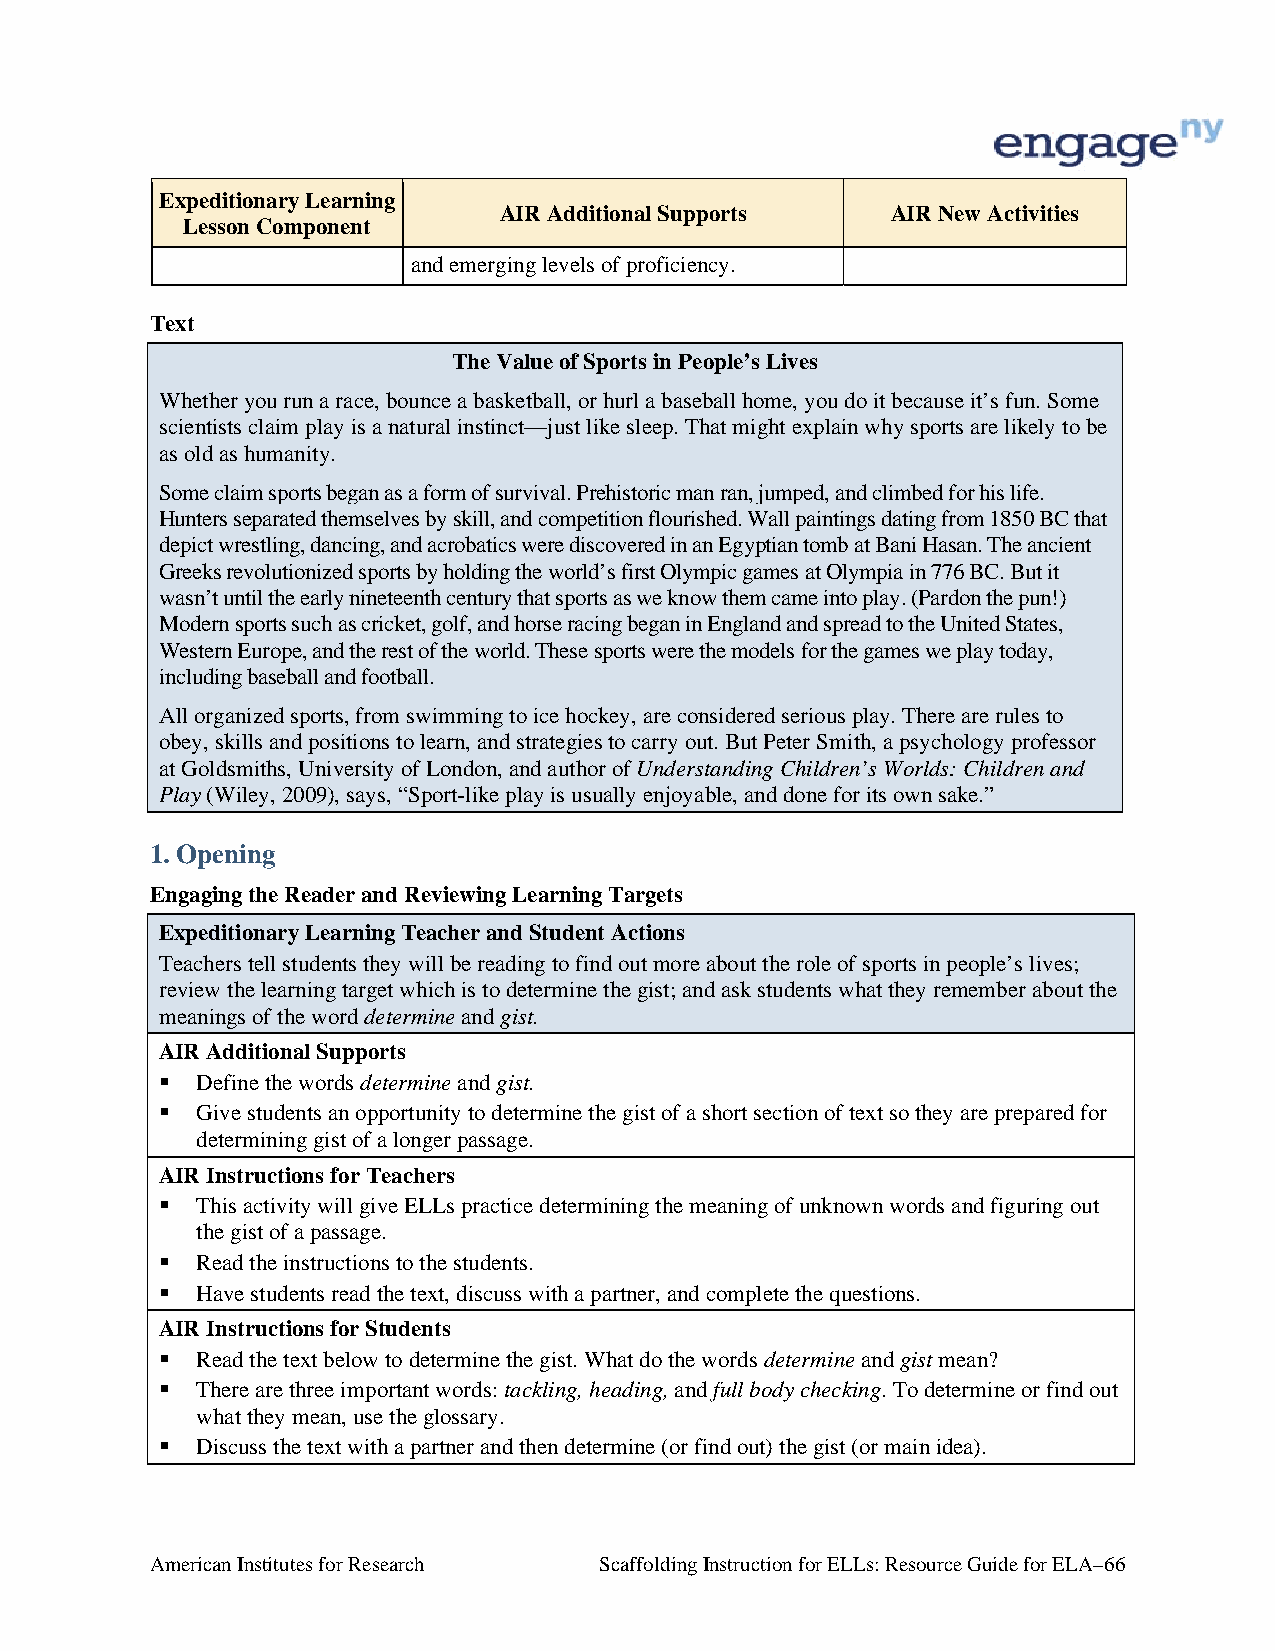
Expeditionary Learning
 AIR Additional Supports   AIR New Activities
 Lesson Component
 and emerging levels of proficiency.
 Text
 The Value of Sports in People’s Lives
 Whether you run a race, bounce a basketball, or hurl a baseball home, you do it because it’s fun. Some
 scientists claim play is a natural instinct—just like sleep. That might explain why sports are likely to be
 as old as humanity.
 Some claim sports began as a form of survival. Prehistoric man ran, jumped, and climbed for his life.
 Hunters separated themselves by skill, and competition flourished. Wall paintings dating from 1850 BC that
 depict wrestling, dancing, and acrobatics were discovered in an Egyptian tomb at Bani Hasan. The ancient
 Greeks revolutionized sports by holding the world’s first Olympic games at Olympia in 776 BC. But it
 wasn’t until the early nineteenth century that sports as we know them came into play. (Pardon the pun!)
 Modern sports such as cricket, golf, and horse racing began in England and spread to the United States,
 Western Europe, and the rest of the world. These sports were the models for the games we play today,
 including baseball and football.
 All organized sports, from swimming to ice hockey, are considered serious play. There are rules to
 obey, skills and positions to learn, and strategies to carry out. But Peter Smith, a psychology professor
 at Goldsmiths, University of London, and author of Understanding Children’s Worlds: Children and
 Play (Wiley, 2009), says, “Sport-like play is usually enjoyable, and done for its own sake.”
 1. Opening
 Engaging the Reader and Reviewing Learning Targets
 Expeditionary Learning Teacher and Student Actions
 Teachers tell students they will be reading to find out more about the role of sports in people’s lives;
 review the learning target which is to determine the gist; and ask students what they remember about the
 meanings of the word determine and gist.
 AIR Additional Supports
  Define the words determine and gist.
  Give students an opportunity to determine the gist of a short section of text so they are prepared for
 determining gist of a longer passage.
 AIR Instructions for Teachers
  This activity will give ELLs practice determining the meaning of unknown words and figuring out
 the gist of a passage.
  Read the instructions to the students.
  Have students read the text, discuss with a partner, and complete the questions.
 AIR Instructions for Students
  Read the text below to determine the gist. What do the words determine and gist mean?
  There are three important words: tackling, heading, and full body checking. To determine or find out
 what they mean, use the glossary.
  Discuss the text with a partner and then determine (or find out) the gist (or main idea).
 American Institutes for Research Scaffolding Instruction for ELLs: Resource Guide for ELA–66